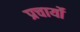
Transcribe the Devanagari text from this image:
प्रचार्यो